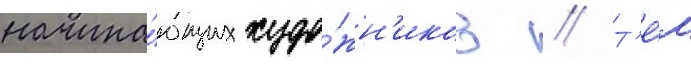
начина́ющих худо́жн'иков // Т'е́м